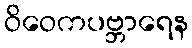
ဝိဝေကပဗ္ဘာရေန